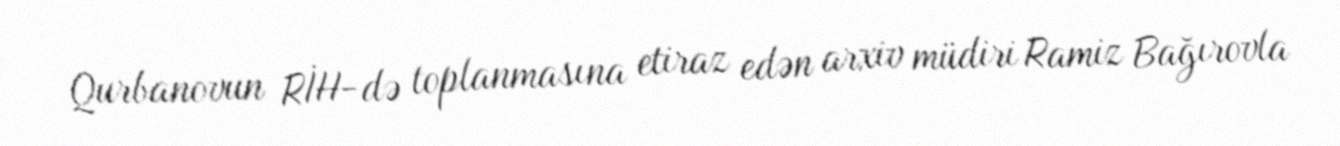
Qurbanovun RİH-də toplanmasına etiraz edən arxiv müdiri Ramiz Bağırovla